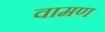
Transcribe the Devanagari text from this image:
वामण